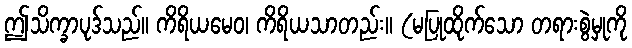
ဤသိက္ခာပုဒ်သည်။ ကိရိယမေဝ၊ ကိရိယသာတည်း။ (မပြုထိုက်သော တရားစွဲမှုကို